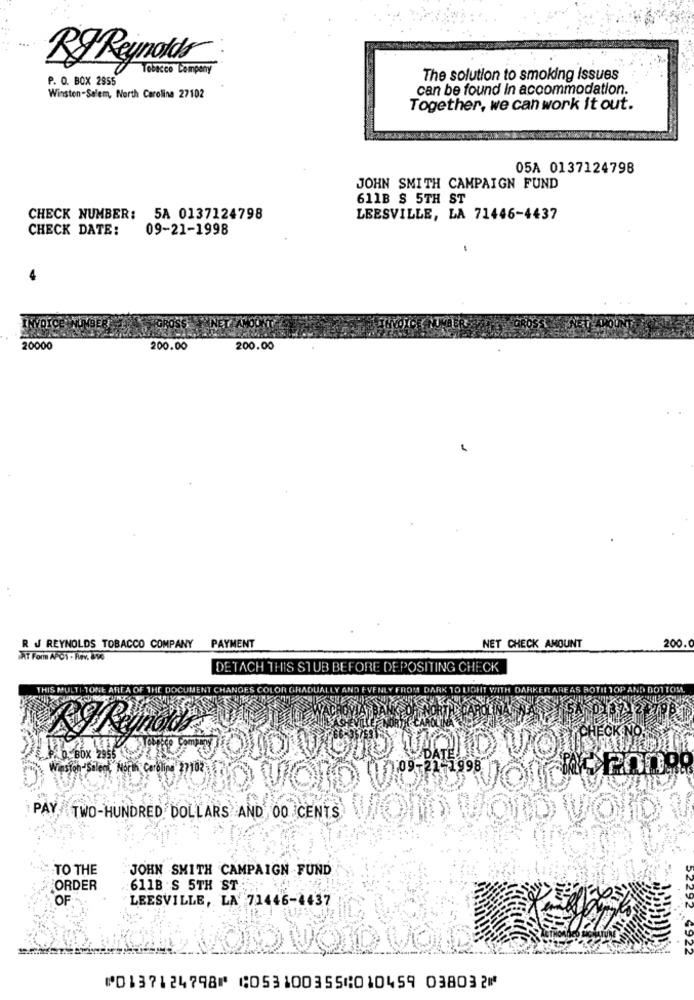
...
RJ Reynolds
Tobacco Company
P. O. BOX 2955
The solution to smoking Issues
can be found In accommodation.
Winston-Salem, North Carolina 27102
Together, we can work it out.
05A 0137124798
JOHN SMITH CAMPAIGN FUND
611B $ 5TH ST
CHECK NUMBER: 5A 0137124798
LEESVILLE, LA 71446-4437
CHECK DATE:
09-21-1998
-
NUMBER
20000
200.00
200.00
R . REYNOLDS TOBACCO COMPANY PAYMENT
NET CHECK AMOUNT
200.
AT Form AAC1 - Rev. 8v6
DETACH THIS STUB BEFORE DEPOSITING CHECK
THIS MULTI
P. O. BOX 2955
PAY TWO-HUNDRED DOLLARS AND 00 CENTS
D WORD
TO THE
JOHN SMITH CAMPAIGN FUND
ORDER
611B 'S 5TH ST
LEESVILLE, LA 71446-4437
OF
⑈0137124798⑈ ⑆053100355⑆010459 038032⑈